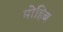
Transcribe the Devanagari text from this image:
मोहिब